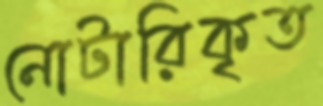
নোটারিকৃত